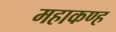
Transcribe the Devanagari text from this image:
महाकण्ह